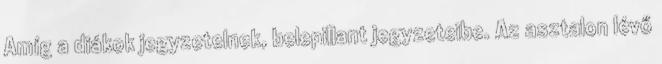
Amíg a diákok jegyzetelnek, belepillant jegyzeteibe. Az asztalon lévő